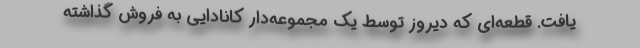
یافت. قطعه‌ای که دیروز توسط یک مجموعه‌دار کانادایی به فروش گذاشته